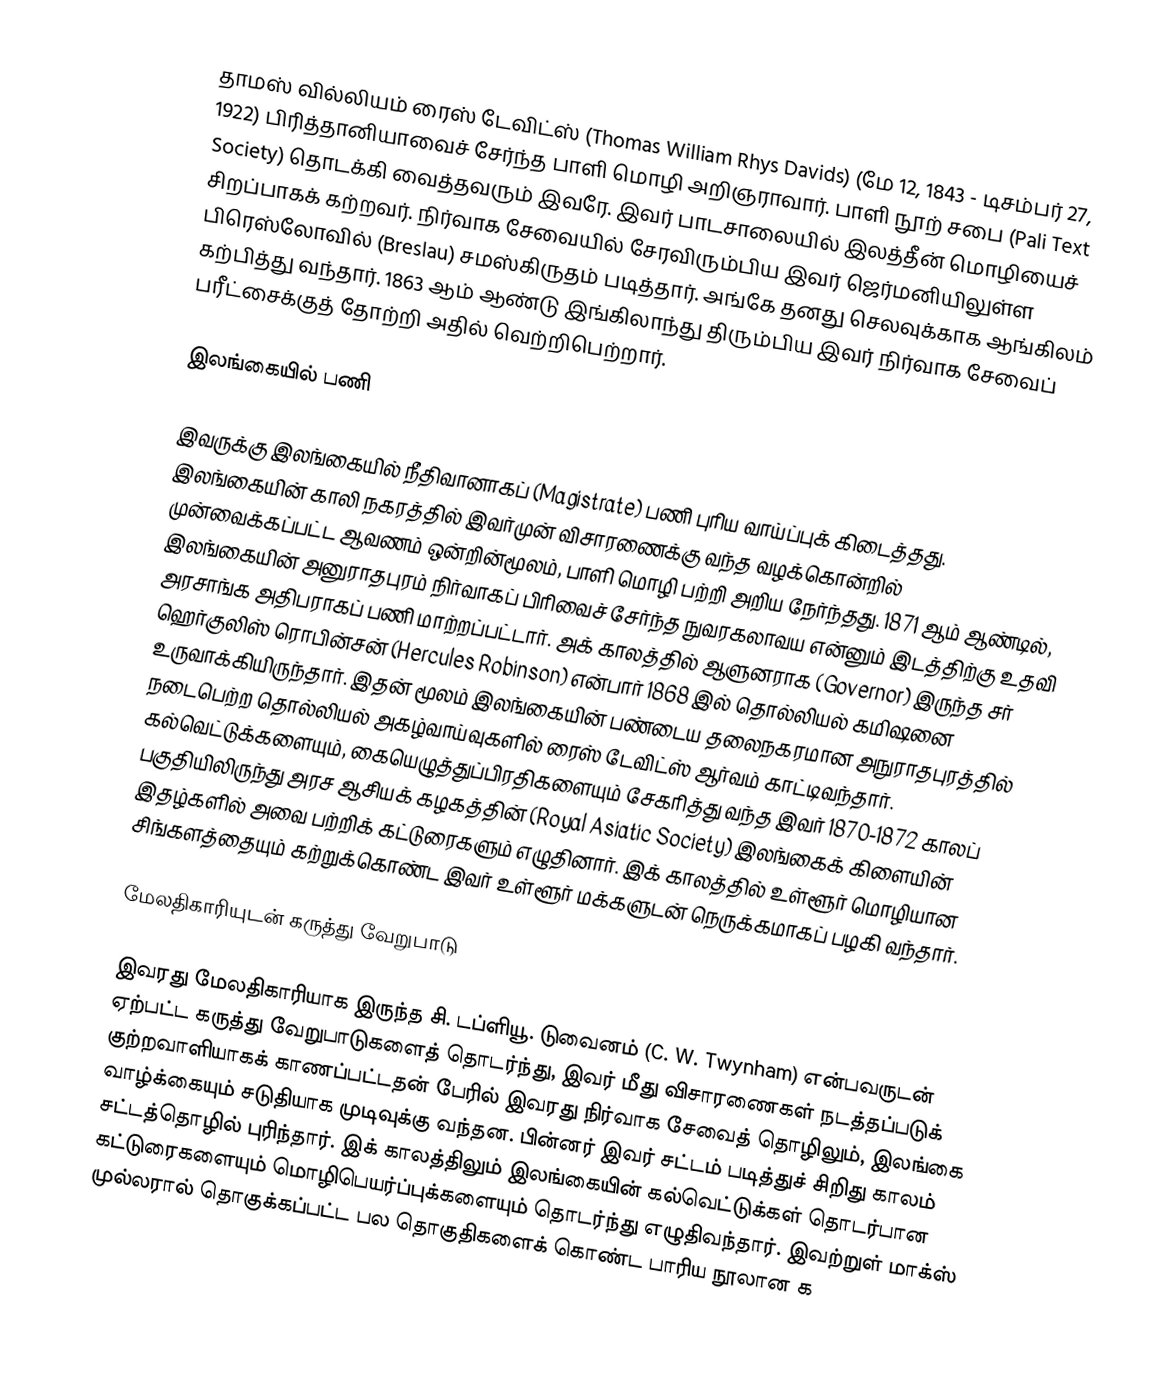
தாமஸ் வில்லியம் ரைஸ் டேவிட்ஸ் (Thomas William Rhys Davids) (மே 12, 1843 - டிசம்பர் 27, 1922) பிரித்தானியாவைச் சேர்ந்த பாளி மொழி அறிஞராவார். பாளி நூற் சபை (Pali Text Society) தொடக்கி வைத்தவரும் இவரே. இவர் பாடசாலையில் இலத்தீன் மொழியைச் சிறப்பாகக் கற்றவர். நிர்வாக சேவையில் சேரவிரும்பிய இவர் ஜெர்மனியிலுள்ள பிரெஸ்லோவில் (Breslau) சமஸ்கிருதம் படித்தார். அங்கே தனது செலவுக்காக ஆங்கிலம் கற்பித்து வந்தார். 1863 ஆம் ஆண்டு இங்கிலாந்து திரும்பிய இவர் நிர்வாக சேவைப் பரீட்சைக்குத் தோற்றி அதில் வெற்றிபெற்றார்.

இலங்கையில் பணி

இவருக்கு இலங்கையில் நீதிவானாகப் (Magistrate) பணி புரிய வாய்ப்புக் கிடைத்தது. இலங்கையின் காலி நகரத்தில் இவர்முன் விசாரணைக்கு வந்த வழக்கொன்றில் முன்வைக்கப்பட்ட ஆவணம் ஒன்றின்மூலம், பாளி மொழி பற்றி அறிய நேர்ந்தது. 1871 ஆம் ஆண்டில், இலங்கையின் அனுராதபுரம் நிர்வாகப் பிரிவைச் சேர்ந்த நுவரகலாவய என்னும் இடத்திற்கு உதவி அரசாங்க அதிபராகப் பணி மாற்றப்பட்டார். அக் காலத்தில் ஆளுனராக (Governor) இருந்த சர் ஹெர்குலிஸ் ரொபின்சன் (Hercules Robinson) என்பார் 1868 இல் தொல்லியல் கமிஷனை உருவாக்கியிருந்தார். இதன் மூலம் இலங்கையின் பண்டைய தலைநகரமான அநுராதபுரத்தில் நடைபெற்ற தொல்லியல் அகழ்வாய்வுகளில் ரைஸ் டேவிட்ஸ் ஆர்வம் காட்டிவந்தார். கல்வெட்டுக்களையும், கையெழுத்துப்பிரதிகளையும் சேகரித்து வந்த இவர் 1870-1872 காலப் பகுதியிலிருந்து அரச ஆசியக் கழகத்தின் (Royal Asiatic Society) இலங்கைக் கிளையின் இதழ்களில் அவை பற்றிக் கட்டுரைகளும் எழுதினார். இக் காலத்தில் உள்ளூர் மொழியான சிங்களத்தையும் கற்றுக்கொண்ட இவர் உள்ளூர் மக்களுடன் நெருக்கமாகப் பழகி வந்தார்.

மேலதிகாரியுடன் கருத்து வேறுபாடு

இவரது மேலதிகாரியாக இருந்த சி. டப்ளியூ. டுவைனம் (C. W. Twynham) என்பவருடன் ஏற்பட்ட கருத்து வேறுபாடுகளைத் தொடர்ந்து, இவர் மீது விசாரணைகள் நடத்தப்படுக் குற்றவாளியாகக் காணப்பட்டதன் பேரில் இவரது நிர்வாக சேவைத் தொழிலும், இலங்கை வாழ்க்கையும் சடுதியாக முடிவுக்கு வந்தன. பின்னர் இவர் சட்டம் படித்துச் சிறிது காலம் சட்டத்தொழில் புரிந்தார். இக் காலத்திலும் இலங்கையின் கல்வெட்டுக்கள் தொடர்பான கட்டுரைகளையும் மொழிபெயர்ப்புக்களையும் தொடர்ந்து எழுதிவந்தார். இவற்றுள் மாக்ஸ் முல்லரால் தொகுக்கப்பட்ட பல தொகுதிகளைக் கொண்ட பாரிய நூலான க